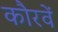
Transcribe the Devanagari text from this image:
कौरवें